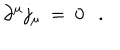
\partial ^ { \mu } j _ { \mu } ~ = ~ 0 .